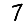
Digit: 7